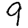
Digit: 9